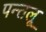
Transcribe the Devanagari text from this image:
पन्तलू